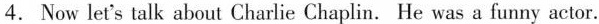
4. Now let's talk about Charlie Chaplin. He was a funny actor.